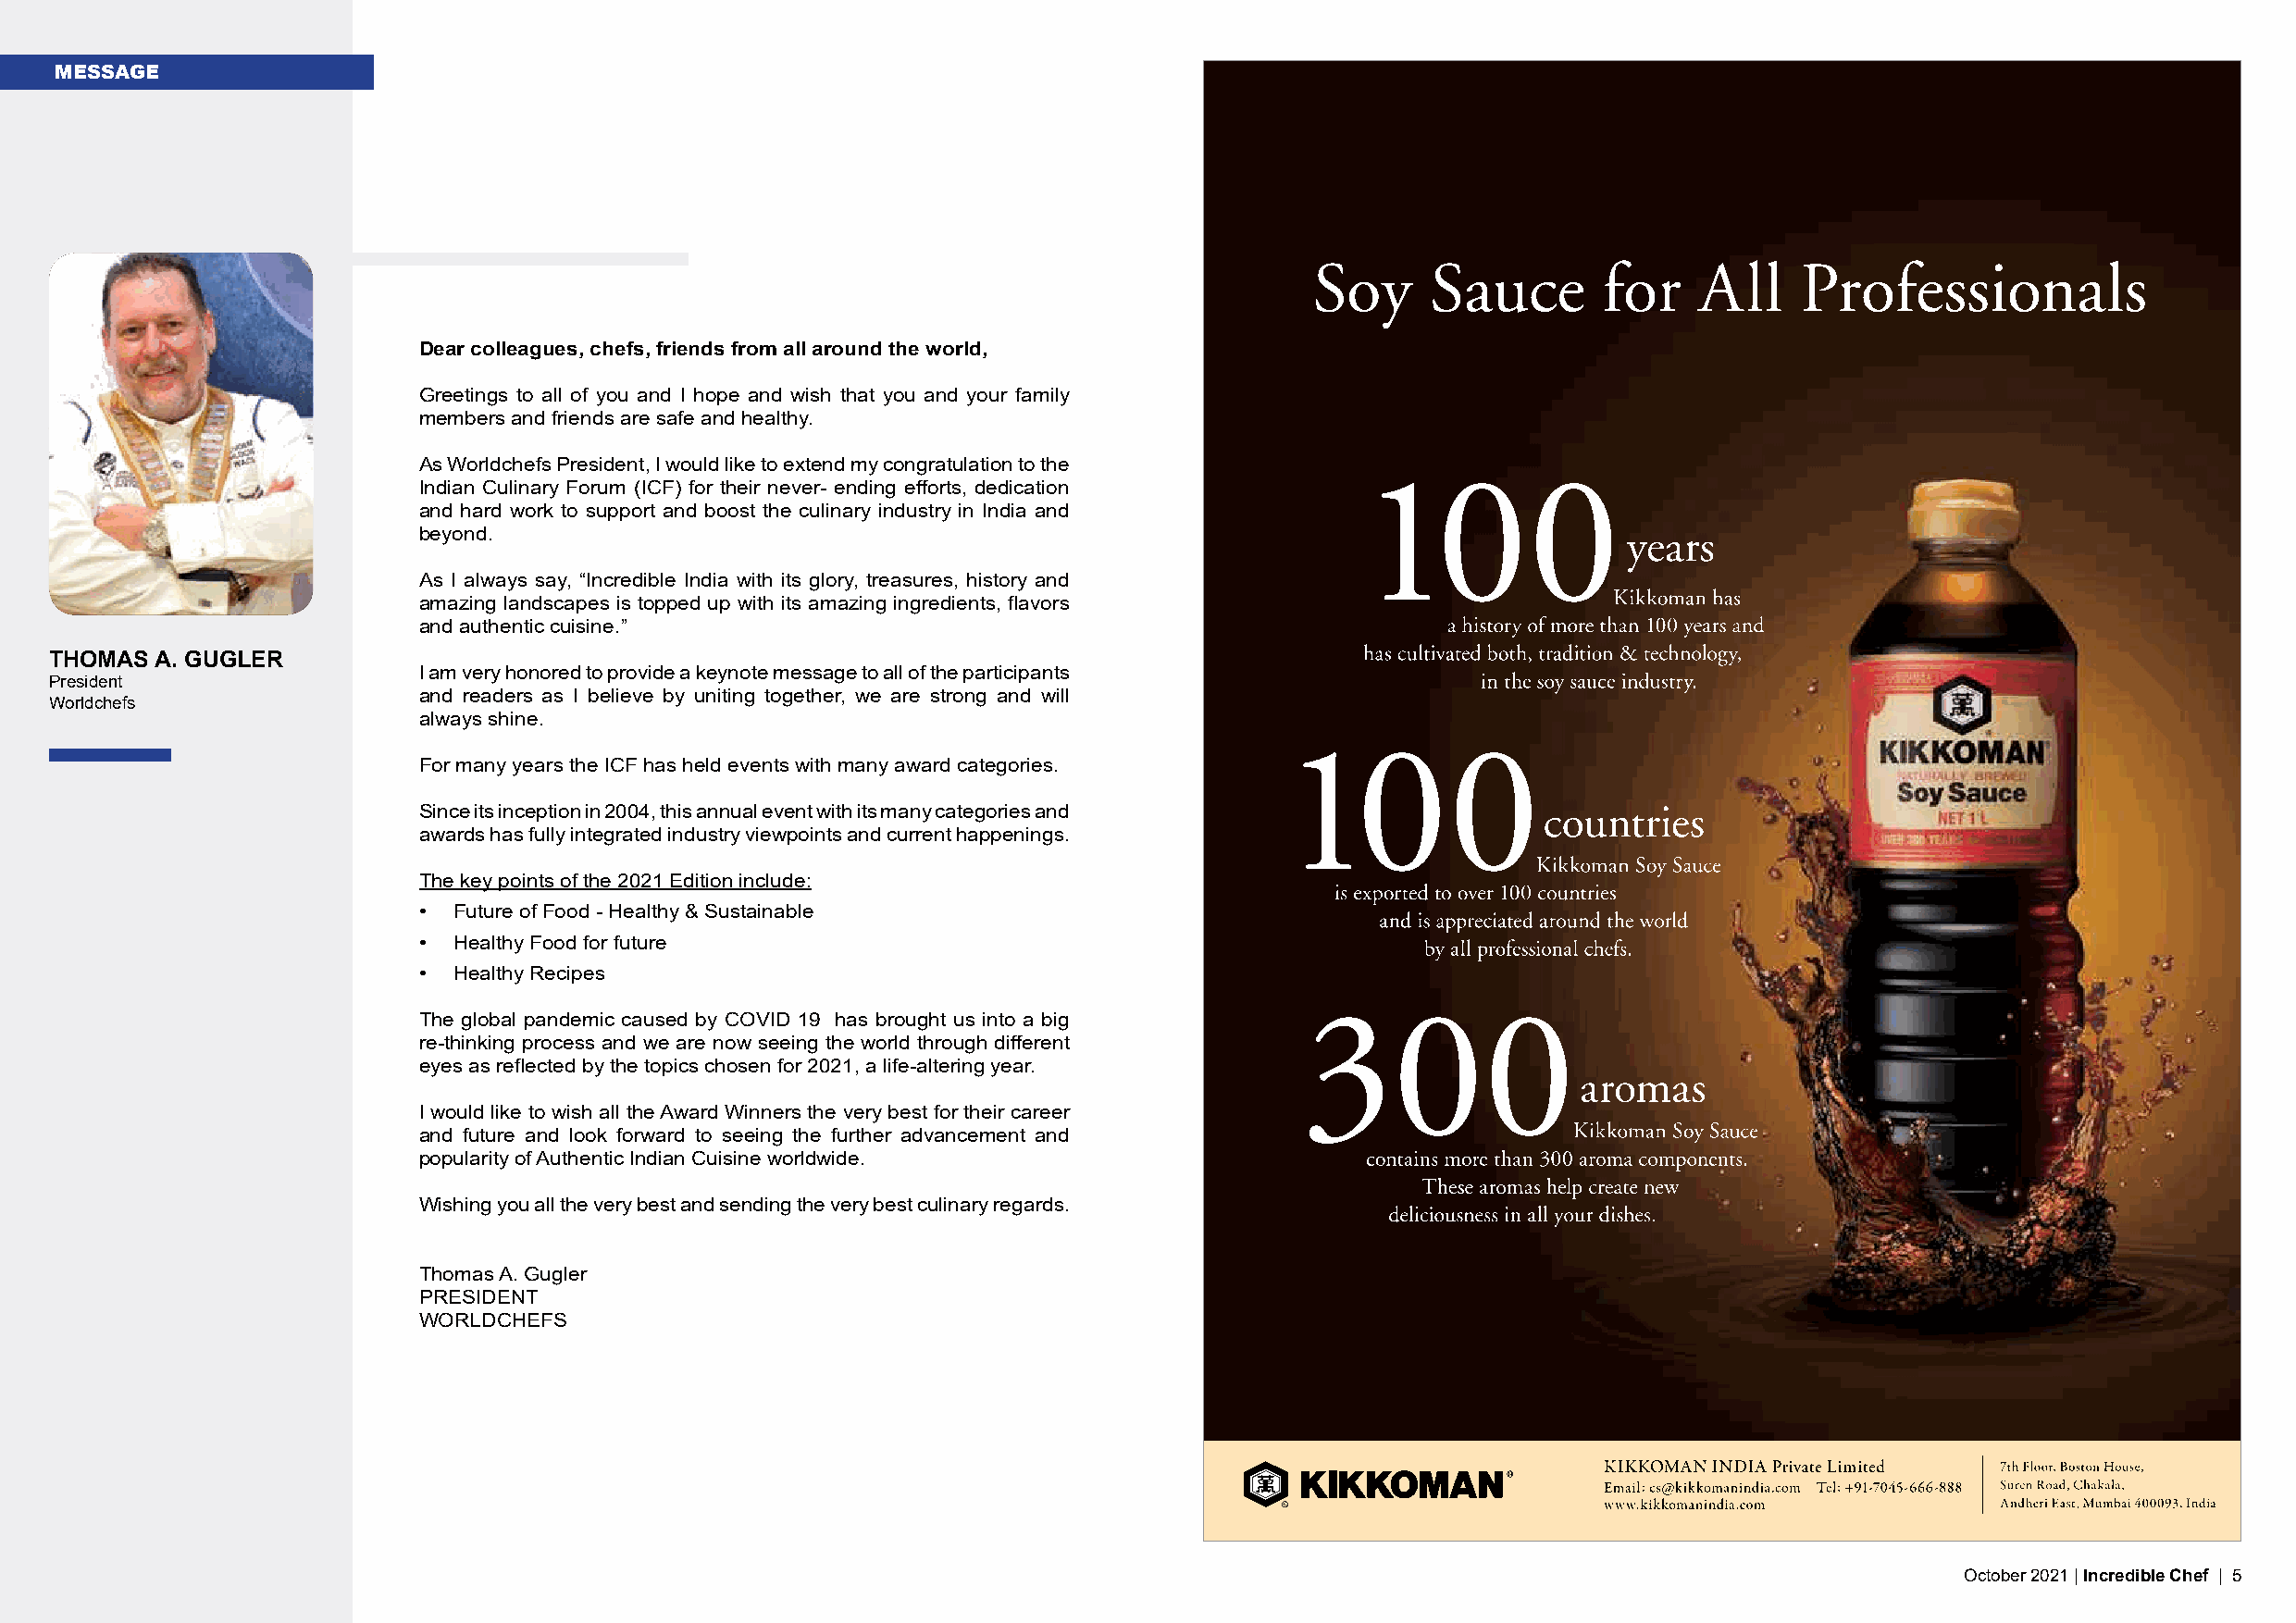
MESSAGE
 Dear colleagues, chefs, friends from all around the world,
 Greetings to all of you and I hope and wish that you and your family
 members and friends are safe and healthy.
 As Worldchefs President, I would like to extend my congratulation to the
 Indian Culinary Forum (ICF) for their never- ending efforts, dedication
 and hard work to support and boost the culinary industry in India and
 beyond.
 As I always say, “Incredible India with its glory, treasures, history and
 amazing landscapes is topped up with its amazing ingredients, flavors
 and authentic cuisine.”
 THOMAS A. GUGLER
 I am very honored to provide a keynote message to all of the participants
 President
 and readers as I believe by uniting together, we are strong and will
 Worldchefs
 always shine.
 For many years the ICF has held events with many award categories.
 Since its inception in 2004, this annual event with its many categories and
 awards has fully integrated industry viewpoints and current happenings.
 The key points of the 2021 Edition include:
 • Future of Food - Healthy & Sustainable
 • Healthy Food for future
 • Healthy Recipes
 The global pandemic caused by COVID 19 has brought us into a big
 re-thinking process and we are now seeing the world through different
 eyes as reflected by the topics chosen for 2021, a life-altering year.
 I would like to wish all the Award Winners the very best for their career
 and future and look forward to seeing the further advancement and
 popularity of Authentic Indian Cuisine worldwide.
 Wishing you all the very best and sending the very best culinary regards.
 Thomas A. Gugler
 PRESIDENT
 WORLDCHEFS
 4 | Incredible Chef | October 2020                                                                                                      October 2021 | Incredible Chef | 5